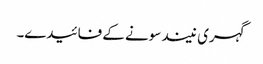
گہری نیند سونے کے فائیدے۔